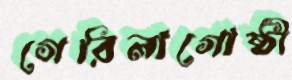
গেরিলাগোষ্ঠী